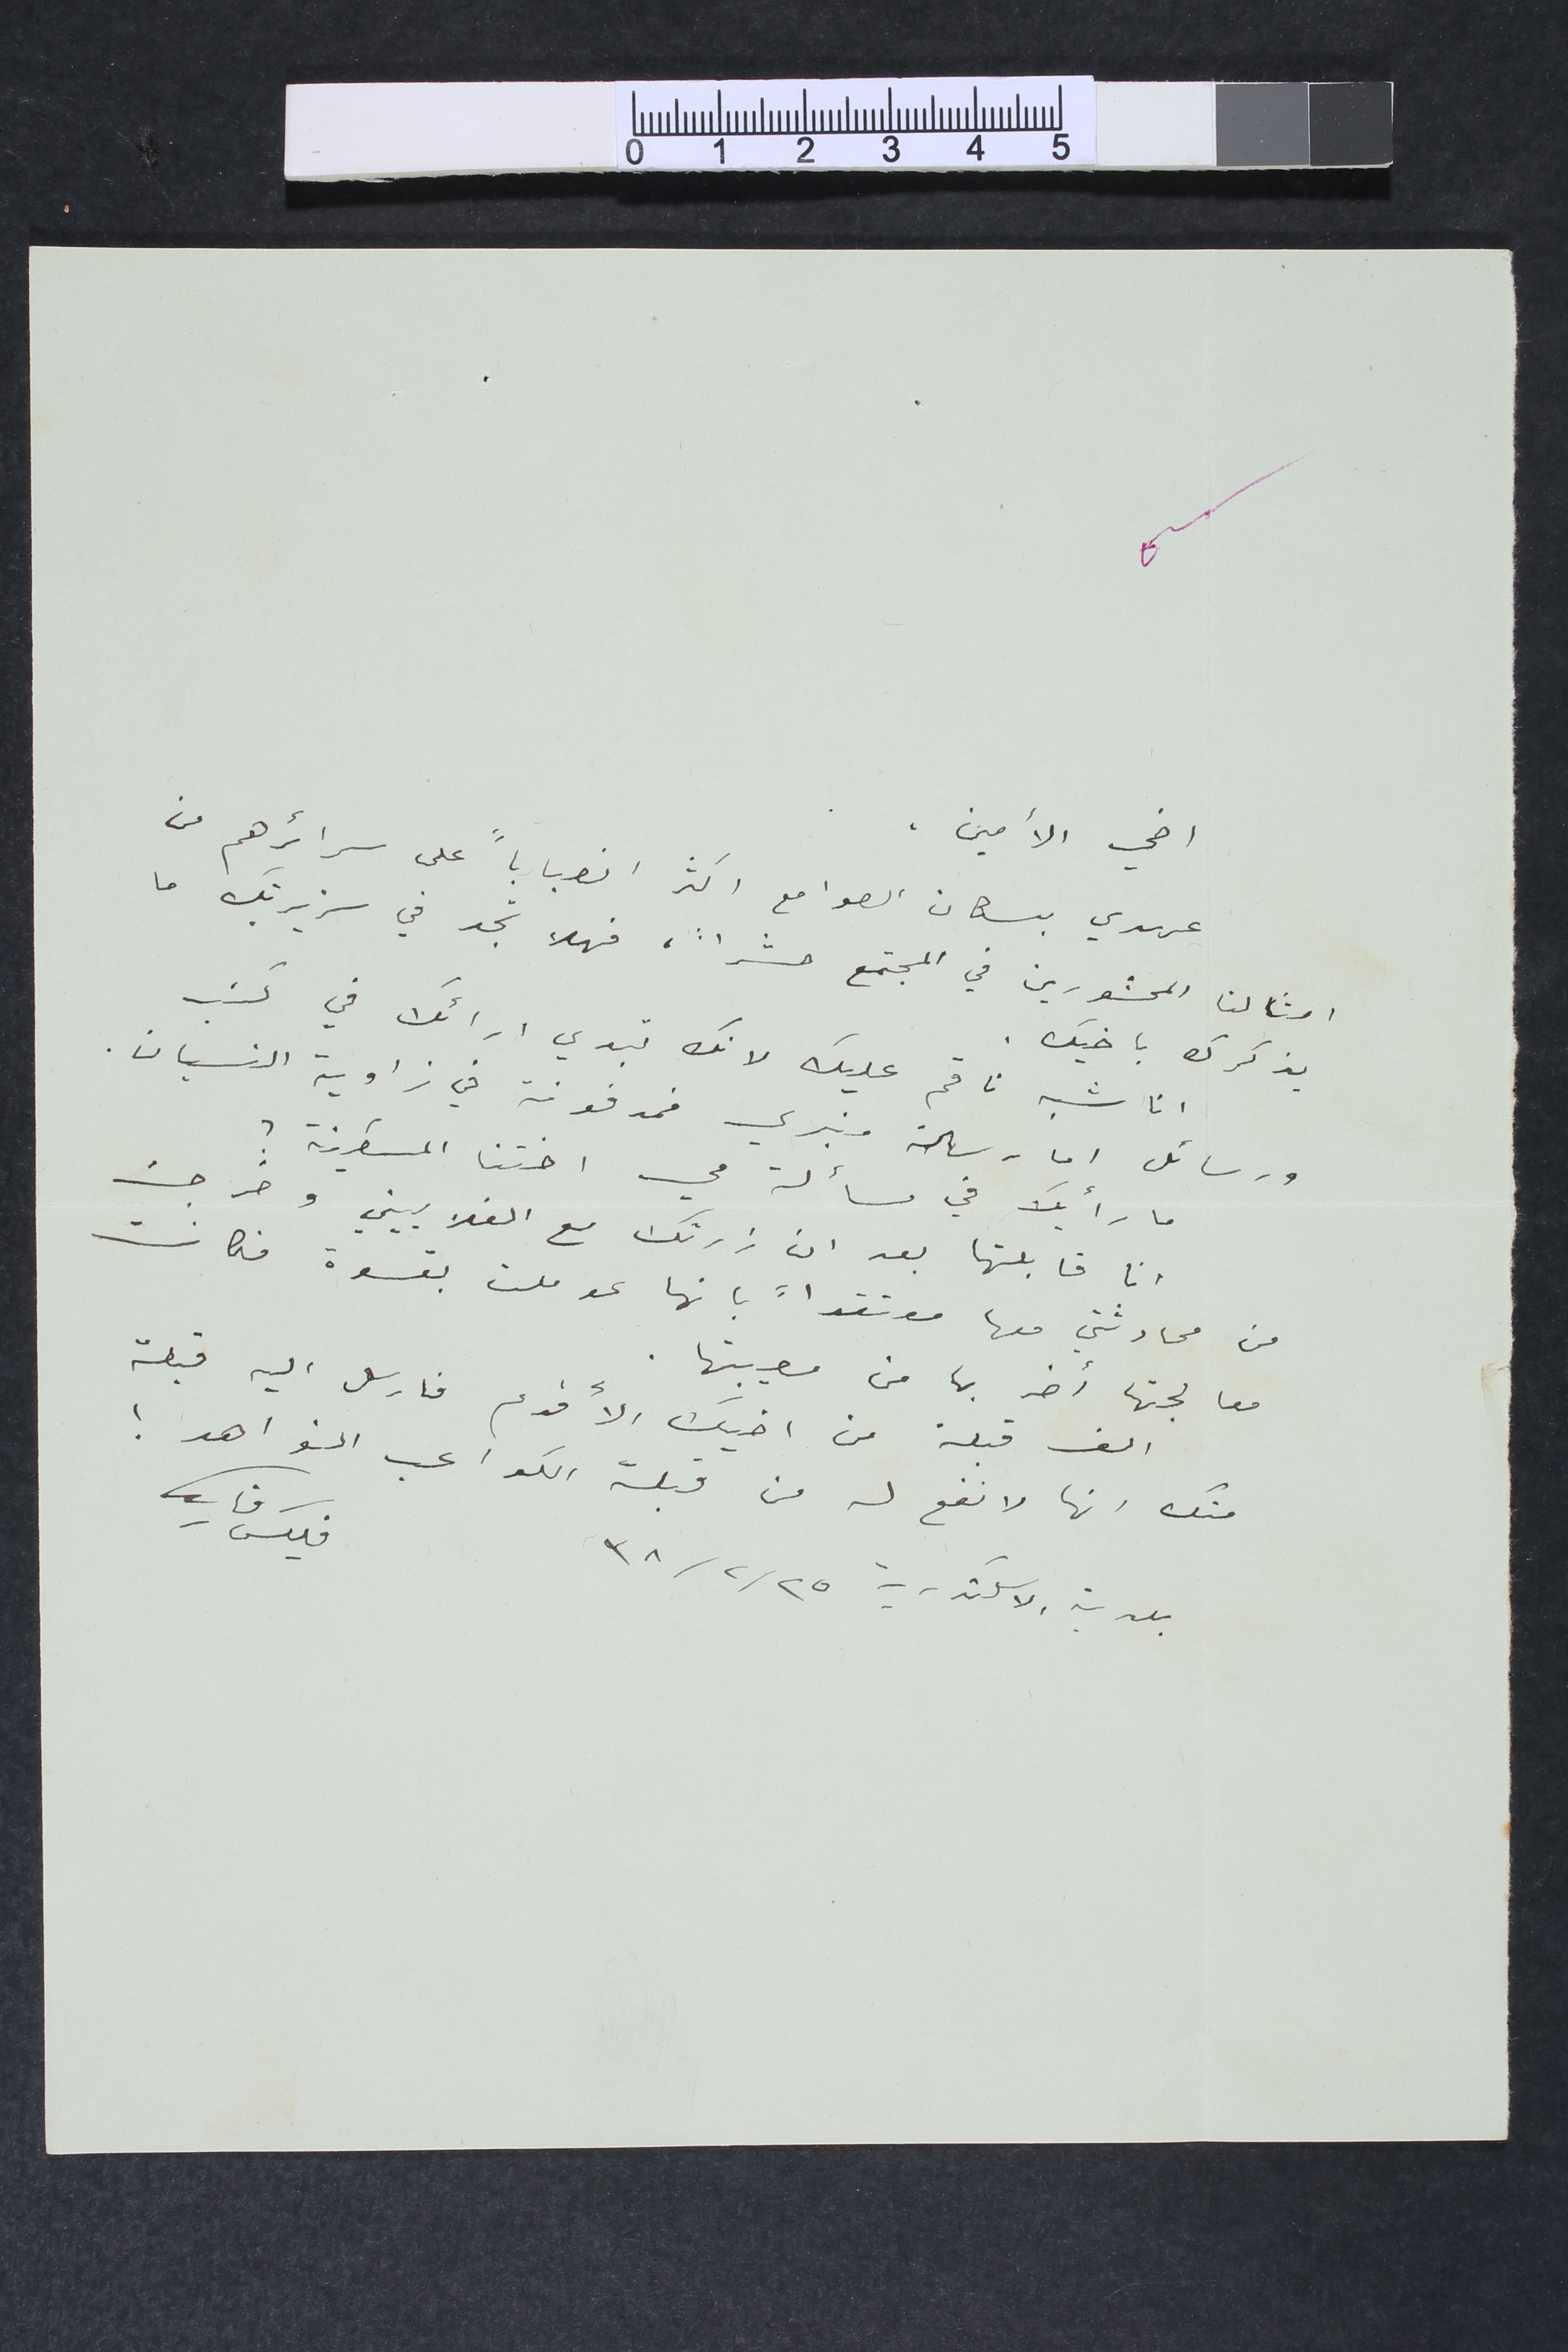
اخي الأمين
عهدي بسكان الصوامع اكثر انصباباً على سرائرهم من
امثالنا المحشورين في المجتمع حشراً، فهلا تجد في سَريرتك ما
يذكرك باخيك.
انا شبه ناقم عليك لانك تبدي ارائك في كتب
ورسائل اما رسالة منبري فمدفونة في زاوية النسيان.
ما رأيك في مسألة مي اختنا المسكينة ؟
انا قابلتها بعد ان زرتك مع الغلاييني وخرجت
من محادثتي معها معتقداً بانها عوملت بقسوة فكانت
معالجتها أضر بها من مصيبتها.
الف قبلة من اخيك الأقدم فارسل اليه قبلة
منك انها لانفع له من قبلة الكواعب النواهد!
بلدية الاسكندرية ٢٥ / ٢ /٣٨
فليكس فارس